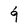
Character: g